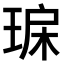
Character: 𤥾